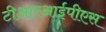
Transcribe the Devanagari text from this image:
टीआरआईपीएस